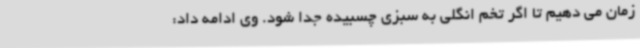
زمان می دهیم تا اگر تخم انگلی به سبزی چسبیده جدا شود. وی ادامه داد: